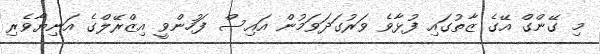
މި ގޭންގް އޭގެ ޒާތުގައި ފުޅާވެ ވަރުގަދަވަމުން އައިސް ފަހުންވީ އިޒްރޭލްގެ އަނިޔާވެރި